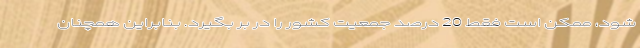
شود، ممکن است فقط 20 درصد جمعیت کشور را در بر بگیرد. بنابراین همچنان